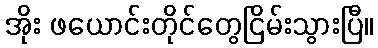
အိုး ဖယောင်းတိုင်တွေငြိမ်းသွားပြီ။